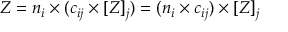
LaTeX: Z = n _ { i } \times ( c _ { i j } \times [ Z ] _ { j } ) = ( n _ { i } \times c _ { i j } ) \times [ Z ] _ { j }